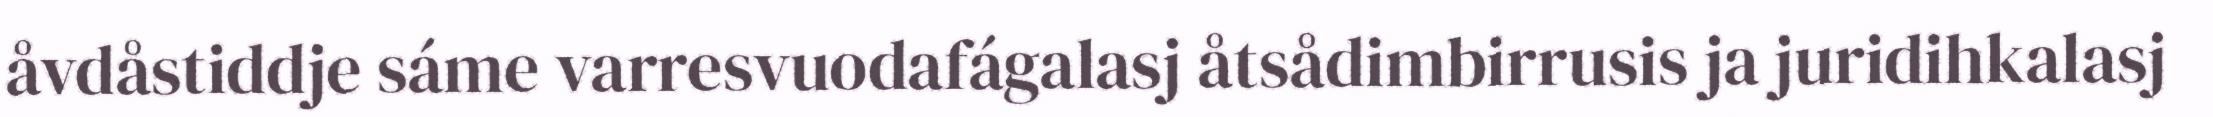
åvdåstiddje sáme varresvuodafágalasj åtsådimbirrusis ja juridihkalasj